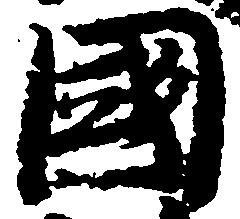
国